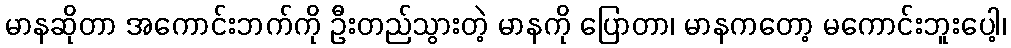
မာနဆိုတာ အကောင်းဘက်ကို ဦးတည်သွားတဲ့ မာနကို ပြောတာ၊ မာနကတော့ မကောင်းဘူးပေါ့၊